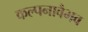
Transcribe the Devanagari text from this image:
कल्पनावैभव